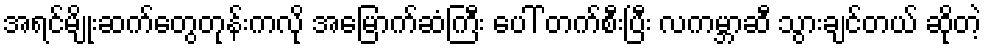
အရင်မျိုးဆက်တွေတုန်းကလို အမြောက်ဆံကြီး ပေါ် တက်စီးပြီး လကမ္ဘာဆီ သွားချင်တယ် ဆိုတဲ့